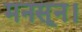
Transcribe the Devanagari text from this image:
मनसून।